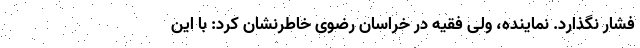
فشار نگذارد. نماینده، ولی فقیه در خراسان رضوی خاطرنشان کرد: با این